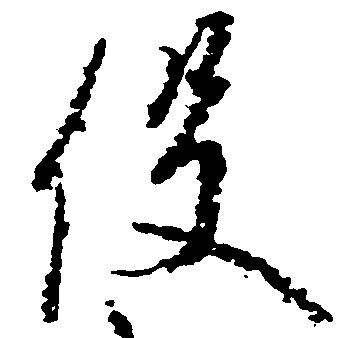
役